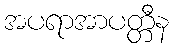
အပရာအာပတ္တီန